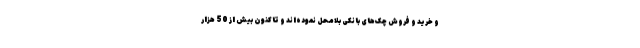
و خرید و فروش چک‌های بانکی بلامحل نموده‌اند و تاکنون بیش از 50 هزار